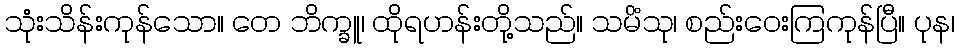
သုံးသိန်းကုန်သော။ တေ ဘိက္ခူ၊ ထိုရဟန်းတို့သည်။ သမိံသု၊ စည်းဝေးကြကုန်ပြီ။ ပုန၊